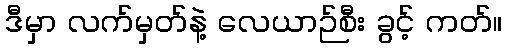
ဒီမှာ လက်မှတ်နဲ့ လေယာဉ်စီး ခွင့် ကတ်။